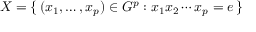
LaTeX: X = \{ \, ( x _ { 1 } , \ldots , x _ { p } ) \in G ^ { p } : x _ { 1 } x _ { 2 } \cdots x _ { p } = e \, \}